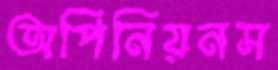
অপিনিয়নস